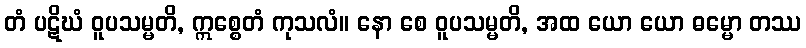
တံ ပဋိဃံ ဝူပသမ္မတိ, ဣစ္စေတံ ကုသလံ။ နော စေ ဝူပသမ္မတိ, အထ ယော ယော ဓမ္မော တဿ